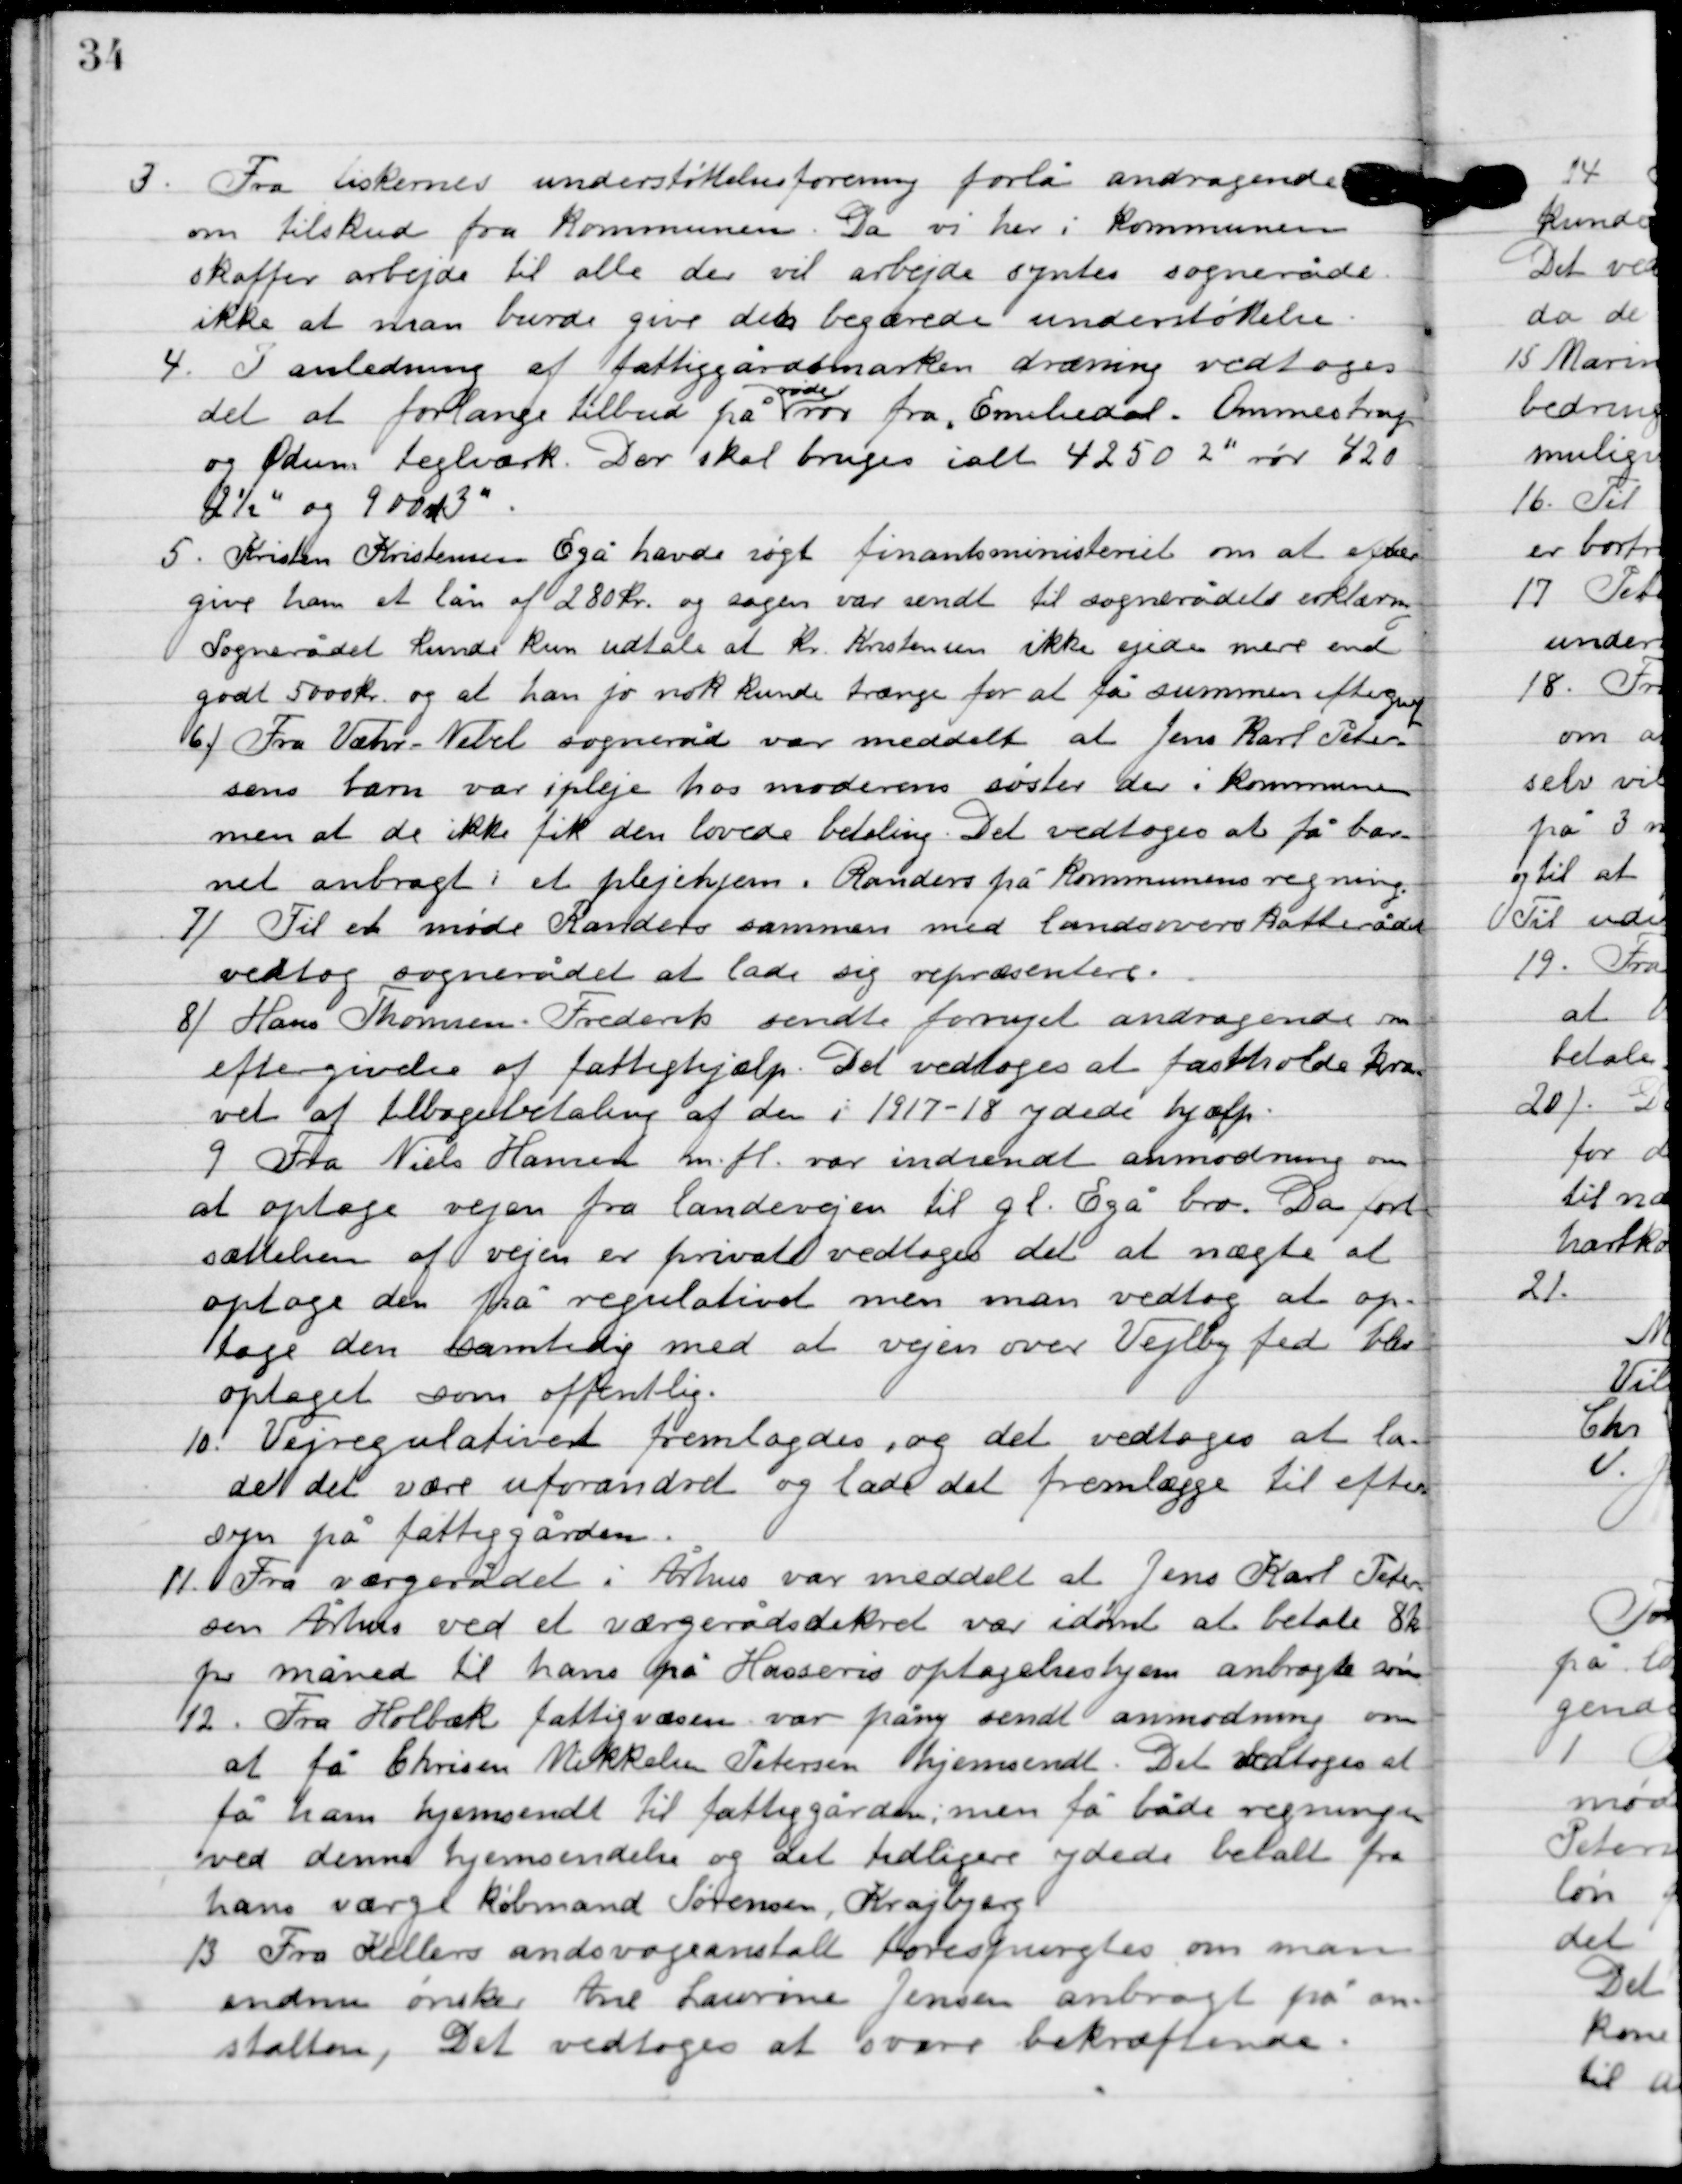
Transskription:
3

Fra fiskernes understøttelsesforening forelå andragende
om tilskud fra Kommunen. Da vi her i kommunen
skaffer arbejde til alle der vil arbejde syntes sognerådet
ikke at man burde give dem begærede understøttelse.

4

I anledning af fattiggårdsmarken dræning vedtoges
det at forlange tilbud på
røde
rør fra Emiliedal, Ommestrup
og Ødum teglværk. Der skal bruges i alt 4250 2” rør 4202
2½” og 900 st 3”.

5

Kristen Kristensen Egå havde søgt finansministeriet om at efter-
give ham et lån af 280 kr. og sagen var sendt til sognerådets erklæring.
Sognerådet kunde kun udtale at Kr. Kristensen ikke ejede mere end
godt 5000 kr. og at han jo nok kunde trænge for at få summen eftergivet.

6

Fra Væhr-Nebel sogneråd var meddelt at Jens Karl Peter-
sens barn var i pleje hos moderens søster der i kommunen
men at de ikke fik den lovede betaling. Det vedtoges at få bar-
net anbragt i et plejehjem i Randers på Kommunens regning.

7

Til et møde Randers sammen med landsoverskatterådet
vedtog sognerådet at lade sig repræsentere.

8

Hans Thomsen. Frederik sendte fornyet andragende om
eftergivelse af fattighjælp. Det vedtoges at fastholde kra-
vet af tilbagebetaling af den i 1917-18 ydede hjælp.

9

Fra Niels Hansen m.fl. var indsendt anmodning om
at optage vejen fra landevejen til gl. Egå bro. Da fort-
sættelsen af vejen er privat vedtoges det at nægte at
optage den på regulativet men man vedtog at op-
tage den samtidig med at vejen over Vejlby fed blev
optaget som offentlig.

10

Vejregulativet fremlagdes, og det vedtoges at la-
de det være uforandret og lade det fremlægge til efter-
syn på fattiggården.

11

Fra værgerådet i Århus var meddelt at Jens Karl Peter-
sen Århus ved et værgerådsdekret var idømt at betale 8 kr.
pr. måned til hans på Hasseris optagelseshjem anbragte søn.

12

Fra Holbæk fattigvæsen var påny sendt anmodning om
at få Christen Mikkelsen Petersen hjemsendt. Det vedtoges at
få ham hjemsent til fattiggården; men få både regningen
ved denne hjemsendelse og det tidligere ydede betalt fra
hans værge Købmand Sørensen, Krajbjerg.

13

Fra Kellers åndsvageanstalt forespurgtes om man
endnu ønsker Ane Laurine Jensen anbragt på an-
stalten, Det vedtoges at svare bekræftende.